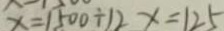
x = 1 5 0 0 \div 1 2 x = 1 2 5